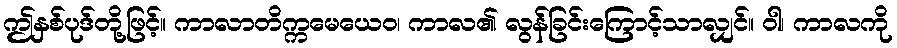
ဤနှစ်ပုဒ်တို့ဖြင့်။ ကာလာတိက္ကမေယေဝ၊ ကာလ၏ လွန်ခြင်းကြောင့်သာလျှင်။ ဝါ၊ ကာလကို